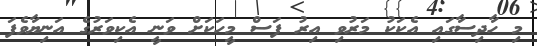
މި ހާދިސާގައި އެކަކު މަރުވި އިރު ފަސް މީހަކަށް ވަނީ އެކިވަރުގެ އަނިޔާވެފަ